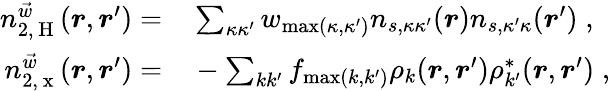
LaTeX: \begin{array}{rl}{n_{2,\mathrm{~H~}}^{\vec{w}}(\boldsymbol{r},\boldsymbol{r}^{\prime})=}&{{}\sum_{\kappa\kappa^{\prime}}w_{\operatorname*{max}(\kappa,\kappa^{\prime})}n_{s,\kappa\kappa^{\prime}}(\boldsymbol{r})n_{s,\kappa^{\prime}\kappa}(\boldsymbol{r}^{\prime})\; ,}\\ {n_{2,\mathrm{~x~}}^{\vec{w}}(\boldsymbol{r},\boldsymbol{r}^{\prime})=}&{{}-\sum_{kk^{\prime}}f_{\operatorname*{max}(k,k^{\prime})}\rho_{k}(\boldsymbol{r},\boldsymbol{r}^{\prime})\rho_{k^{\prime}}^{*}(\boldsymbol{r},\boldsymbol{r}^{\prime})\; ,}\end{array}